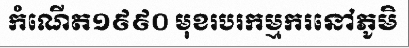
កំណើត១៩៩០ មុខរបរកម្មករនៅភូមិ